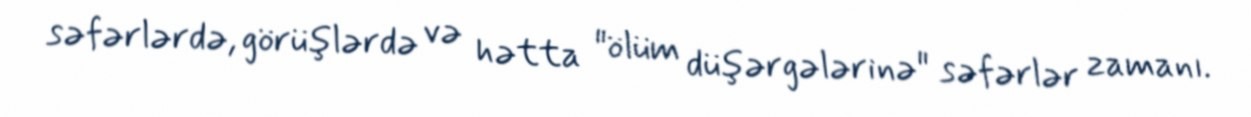
səfərlərdə, görüşlərdə və hətta "ölüm düşərgələrinə" səfərlər zamanı.